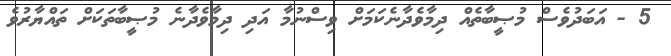
5 - އަބަދުވެސް މުޞީބާތެއް ދިމާވެދާނެކަމަށް ވިސްނުމާ އަދި ދިމާވެދާނެ މުޞީބާތަކަށް ތައްޔާރުވެ